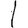
Digit: 1